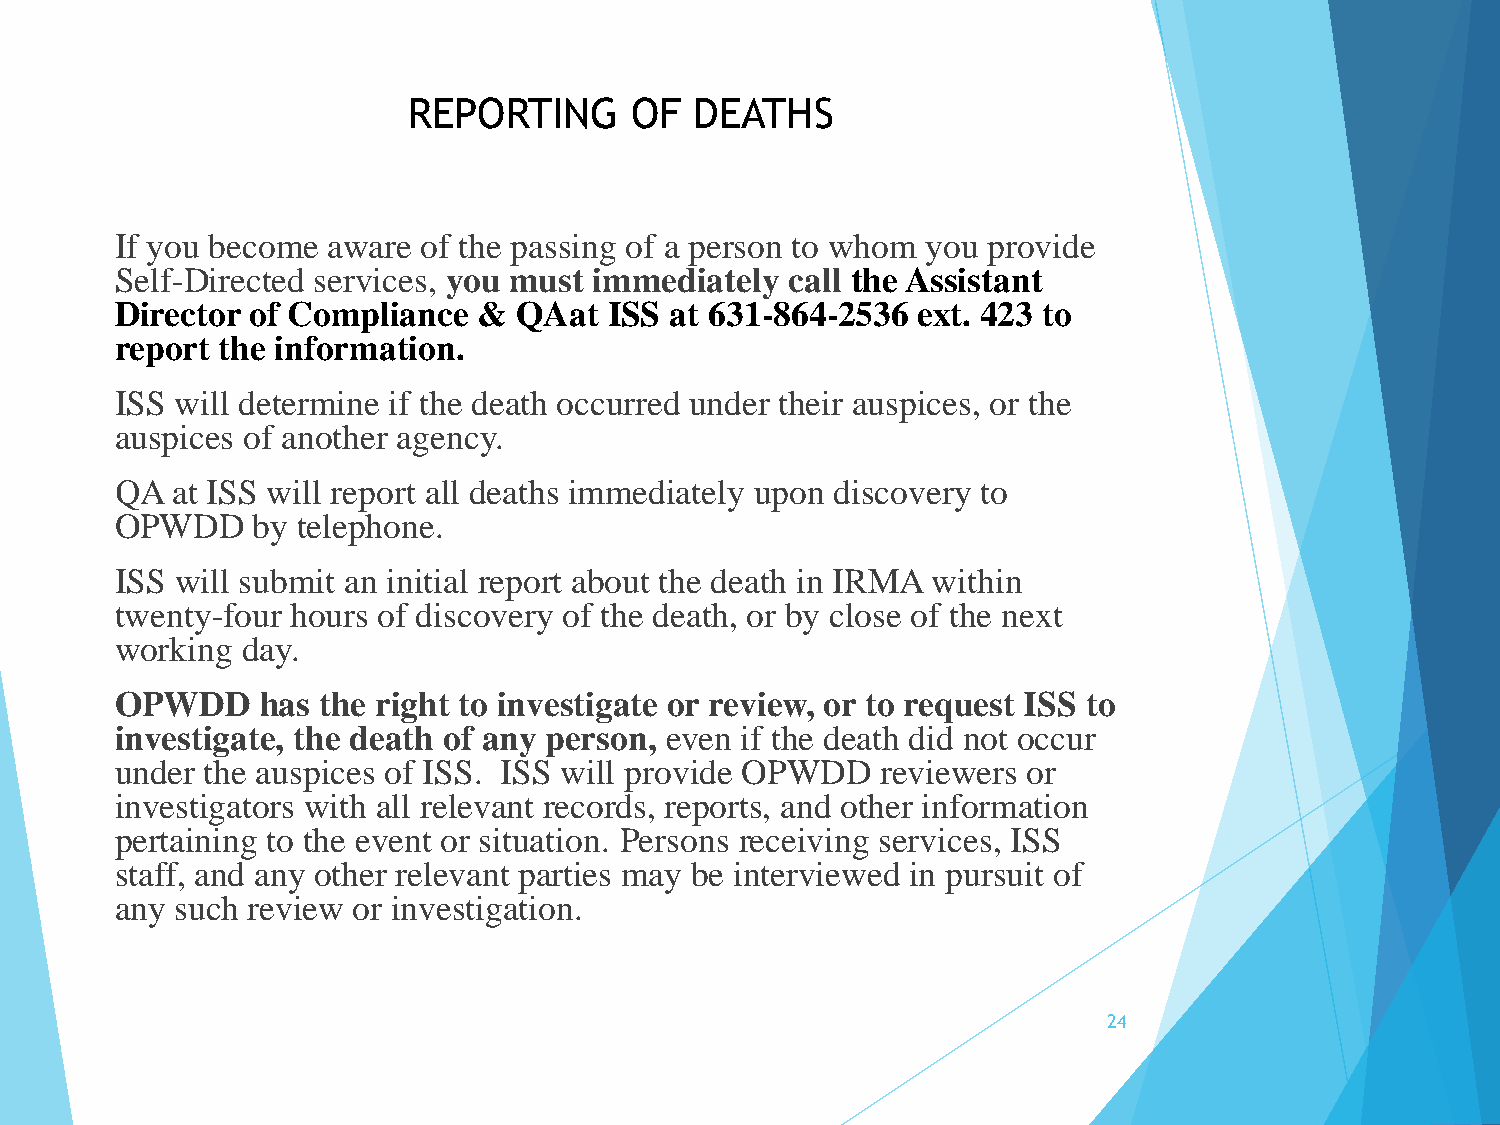
REPORTING      OF  DEATHS
 If you become aware of the passing of a person to whom you provide
 Self-Directed services, you must immediately call the Assistant
 Director of Compliance  & QAat  ISS at 631-864-2536  ext. 423 to
 report the information.
 ISS will determine if the death occurred under their auspices, or the
 auspices of another agency.
 QA at ISS will report all deaths immediately upon discovery to
 OPWDD    by telephone.
 ISS will submit an initial report about the death in IRMA within
 twenty-four hours of discovery of the death, or by close of the next
 working day.
 OPWDD    has the right to investigate or review, or to request ISS to
 investigate, the death of any person, even if the death did not occur
 under the auspices of ISS. ISS will provide OPWDD reviewers or
 investigators with all relevant records, reports, and other information
 pertaining to the event or situation. Persons receiving services, ISS
 staff, and any other relevant parties may be interviewed in pursuit of
 any such review or investigation.
 24